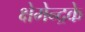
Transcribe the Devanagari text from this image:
क्षेमेन्द्रके